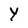
Character: Y